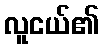
လူငယ်၏